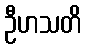
ဦဟသတိ